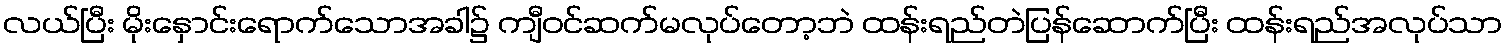
လယ်ပြီး မိုးနှောင်းရောက်သောအခါ၌ ကျီဝင်ဆက်မလုပ်တော့ဘဲ ထန်းရည်တဲပြန်ဆောက်ပြီး ထန်းရည်အလုပ်သာ